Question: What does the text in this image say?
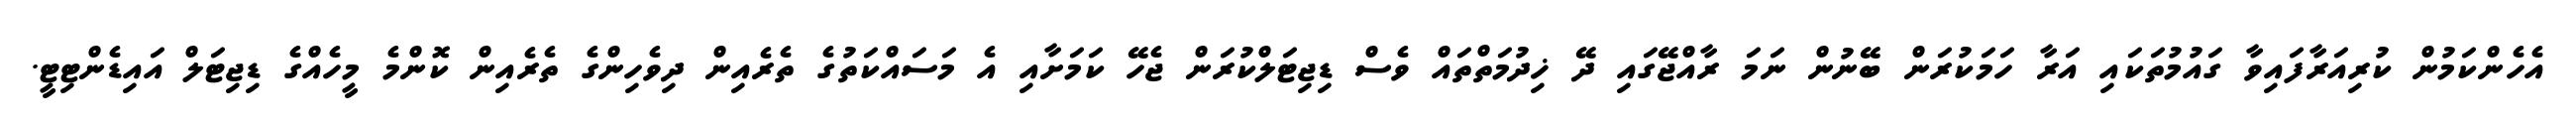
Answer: އެހެންކަމުން ކުރިއަރާފައިވާ ގައުމުތަކައި އަރާ ހަމަކުރަން ބޭނުން ނަމަ ރާއްޖޭގައި ދޭ ޚިދުމަތްތައް ވެސް ޑިޖިޓަލްކުރަން ޖެހޭ ކަމަށާއި އެ މަސައްކަތުގެ ތެރެއިން ދިވެހިންގެ ތެރެއިން ކޮންމެ މީހެއްގެ ޑިޖިޓަލް އައިޑެންޓިޓީ.